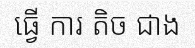
ធ្វើ ការ តិច ជាង